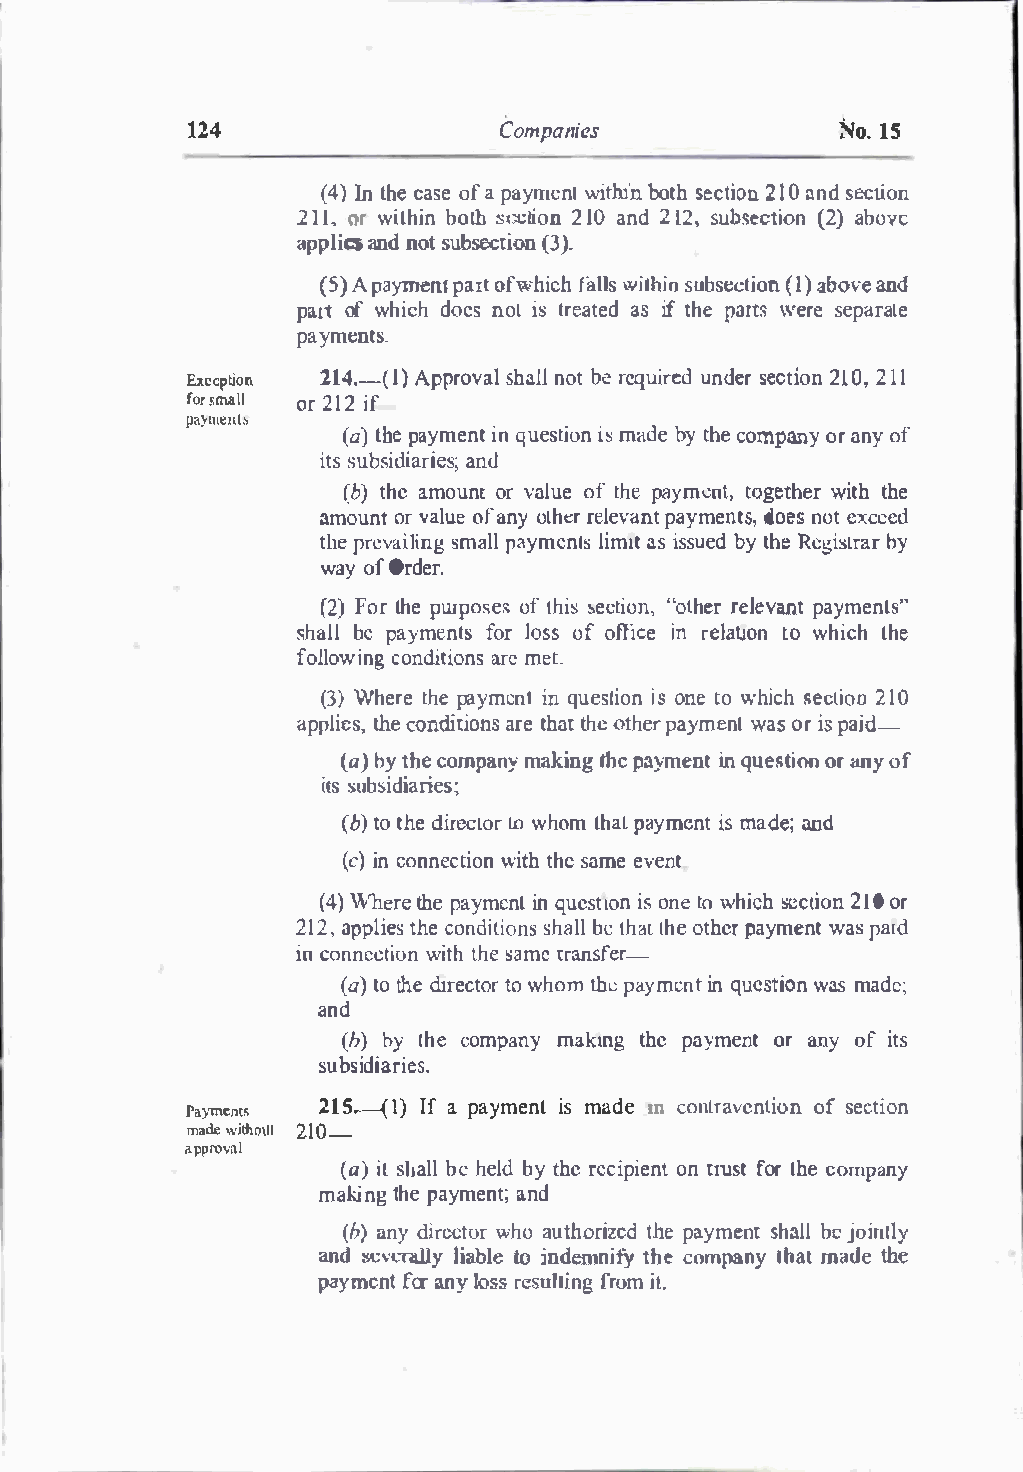
124                  Companies              NoI.S
 (4 )In thcea soefa p ayrnwcinthli bno tshe ct2i1on0nn s d ec tion
 21,1�1 rw ithbionlh s ti--eto nI0 a2n d2 t 2s,u bsec(t2ia)ob no ve
 ttpplainctdn ostu bsect(i)3o
 .
 n
 (5A) p aymenlp arotf whifcalhwl ist hsiunb sec(t1iao)bn o avned
 parotfw hich docnso ti st reaatsei dft h e parwtesr see parate
 payments.
 Exception 214.I-)A(p prosvhaalnHo tb er equiurendedr s ect2i1o02n,1 1
 fosr mall or21i2f
 pa}ntelll.'
 (at)b pea ymeinnqt u estiimsoa nde b yt hceo mpanoyr a nyo f
 itss ubsidainadr ies;
 (bt)h ea mounotr vaolfut eh pea ym�ntt,o getwhietrth h e
 amounotrv aloufae n yo thr�erl evpaanytm endtosen,so etx ceed
 thper evailsimngap laly melnitmsa1 sit s suedt hRbeey g istbrya r
 wayo fO rder.
 (2F)o lrh peur posoefst hi�se cti"oont,hr eerl evpanaty ments"
 shalblep aymenftosrJ ososfo fficien r elattoiOw nh ich lhe
 folwlion cogn ditionsarc met.
 (3W)h erteh pe a ymenitnq uestiisoo nnte o w hicshe ct2i1o0o
 applitehcseo, n idtioanrste h atth oet hpera ymewansot r i sp aid-
 (ab)y t hceo mpamnayk inth ge p a)'meinntq uestorian ony o f
 itssu bsidiaries;
 (bt)ot hdei recttoo wrh omL hpaaLy meinsmt a dean;d
 (ci)n connweicttthih osena me event
 (4 )� 'herteh pea ymeinnqt u etsotin so nteo whsiecch t2i1oo0rn
 212ap,p ltiheces o ndishtalibloe tn hsaL tho et hpeary mewnatsp a1d
 inc onnewcitttihhose anm
 e
 transfer-
 (at)ot hdel recttowo hro mth !.p..!a ymenti nqu estoinw asm ade;
 and
 (hb)y l hec ompanmayk: tngt hep aymenotra nyo fi ts
 subisdiaries.
 raymc:nt�
 21.-5-(1)I fa paymeinslm adem contraveonfts ieocnt ion
 madew id!o121110 -
 approvnl
 (ai)ls hablehl e lbdy t her ecipoinetn rtu fsottrh e c ompany
 making1 hpea ymeantn;d
 (ba)n dyi recwthooar u thortihzpeae ydm esnhta blelj ointly
 and scvcr;�.llyliab le to indemnitfyh ceo mpantyh amta dethe
 paymefnorant y losrsc lsluifnrogim t.